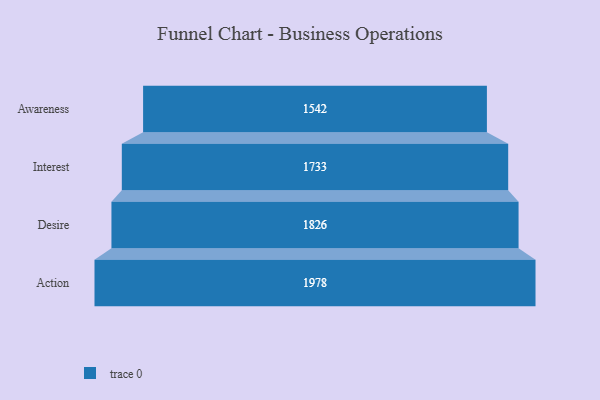
{"axis": {"x": "Stage", "y": "Value"}, "legend": [""], "data": [{"x": "Awareness", "y": 1542.0, "type": ""}, {"x": "Interest", "y": 1733.0, "type": ""}, {"x": "Desire", "y": 1826.0, "type": ""}, {"x": "Action", "y": 1978.0, "type": ""}]}